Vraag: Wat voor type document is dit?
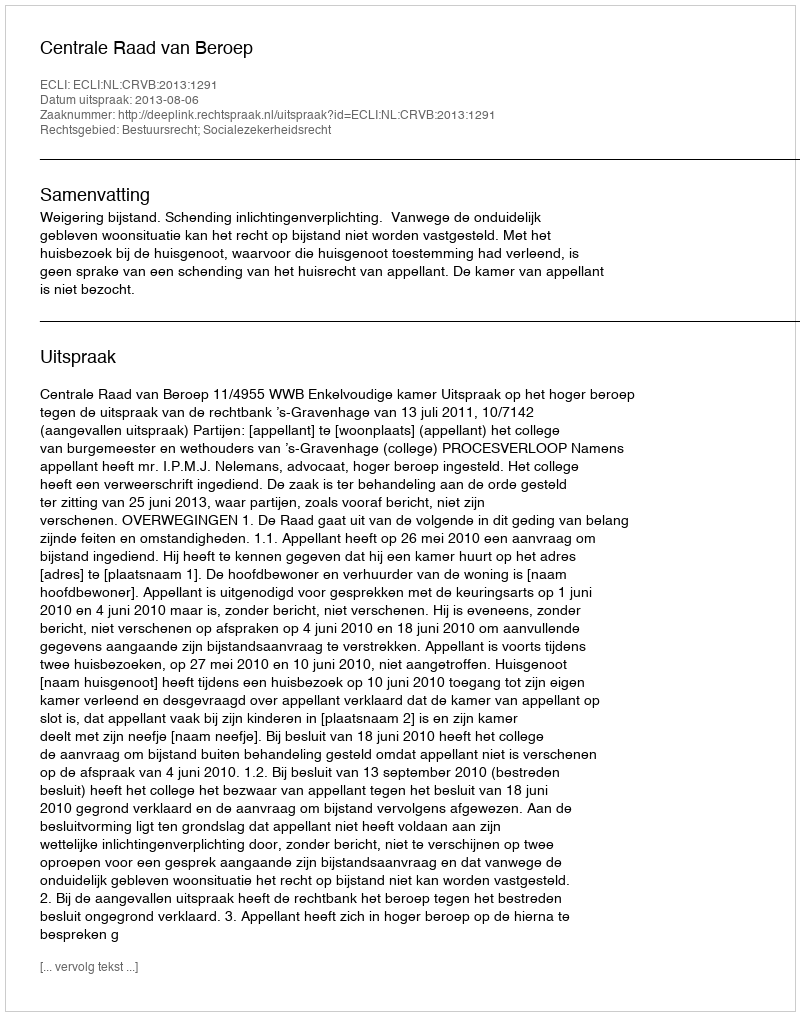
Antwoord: Uitspraak